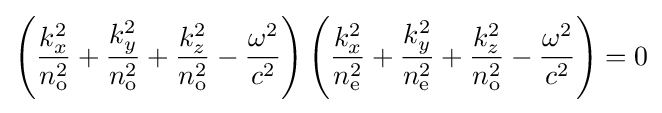
\left({\frac {k_{x}^{2}}{n_{\mathrm {o} }^{2}}}+{\frac {k_{y}^{2}}{n_{\mathrm {o} }^{2}}}+{\frac {k_{z}^{2}}{n_{\mathrm {o} }^{2}}}-{\frac {\omega ^{2}}{c^{2}}}\right)\left({\frac {k_{x}^{2}}{n_{\mathrm {e} }^{2}}}+{\frac {k_{y}^{2}}{n_{\mathrm {e} }^{2}}}+{\frac {k_{z}^{2}}{n_{\mathrm {o} }^{2}}}-{\frac {\omega ^{2}}{c^{2}}}\right)=0